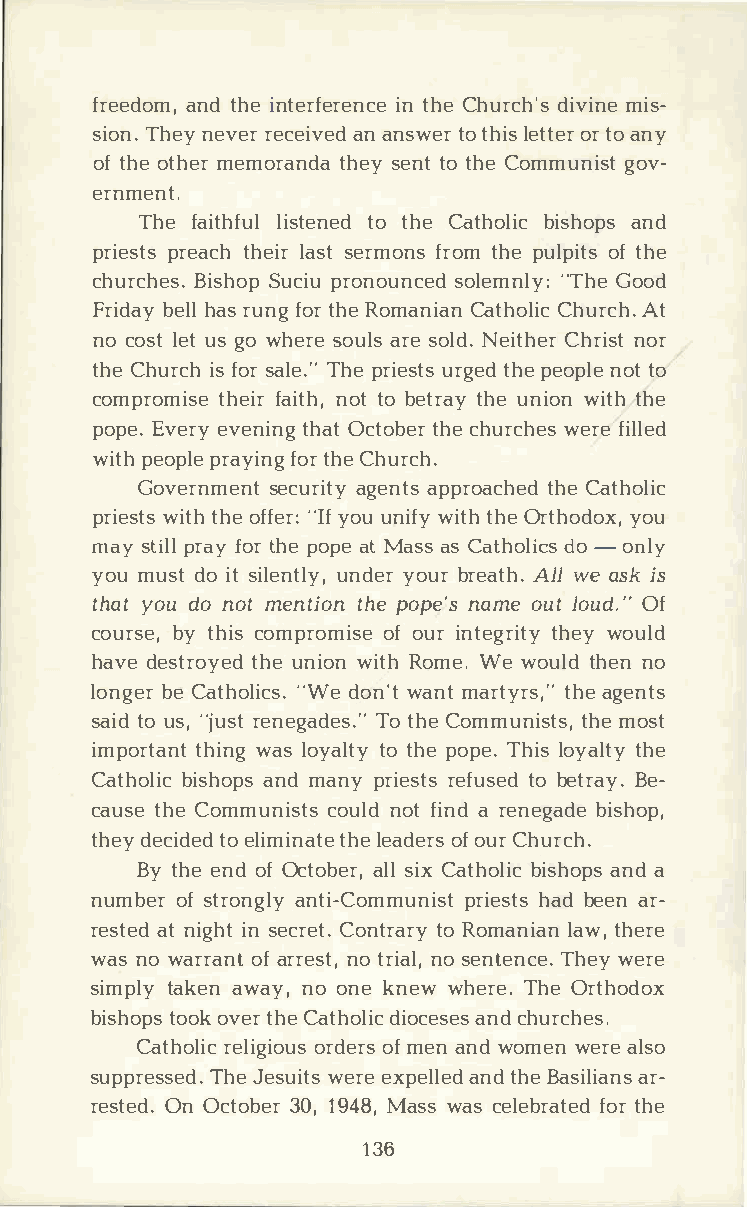
freedaonmtdh, ine t erfeirnte hnCech eu rcdhi'vsmi inse­
 sioTnh.en ye vreerc eainva ends wteotr h liest otrte oar n y
 oft hoet hmeerm oratnhdesaye nttot hCeo mmungiosvt­
 ernment.
 Thef aithfult    otl hieCs attehnobelidis ch aonpds
 priepsrtesat chhel iarss etr mfornsot mh peu lpoiftt hse
 churchesS.u    cBpiiruso hnoopu nced "TshoGelo eomdn ly:
 Fridbaehyla lrs u nfgot rh Reo manCiaatnh CohluircAc th .
 noc oslteu tsg ow herseo ualrsse o lNde.i tChherrni ostr
 thCeh uricfsho s ra lTeh.pe"r ieusrtgtseh dpe e opnloteto
 comprotmhiefsiaeri ntohtt,o b etrtahuyen iwoint thh e
 popEev.e ervye ntihnOagct t otbhecerh urcwheerfsei lled
 witphe opprlaey fiotnrhgC e h urch.
 Governsmeecnutar gietnaytp sp roatchCheae tdh olic
 priewsitttshho ef f"eIyrfo: uu n iwfiytt hhO er thoydooux ,
 mays tpirlalfy ot rh peo paetM asassC athodlo-i ocnsl y
 yomuu sdtoi sti leunntdlyeyor,u brr eaAtllhw .ea ski s
 thayto ud on otm entitohne p open'asm eo utl oudO.f"
 courbsyet ,h icso mproomfoi usiren tegtrhiewtyoy u ld
 havdee strtohyueen di woint Rho mWe.ew outlhde nno
 longbeeCr a tho"lWiedc osn.w' atnm ta rtytrhsae,g "e nts
 saitodu s",j ursetn egaTdote hsCe.o "m muntihsmeto ss,t
 importthainwntag ls o yatlott hype o pTeh.il so yatlhtey
 Cathboilsihcao npmdsa npyr iersetfsut sobe edt rBaey­.
 cautsheCe o mmunciosutnlsod ft i nard e negbaidseh op,
 thedye citdoee ldi mitnhlaeet aed oefor uCsrh urch.
 Byt heen odf O ctoableslriC ,xa thboilsihcao npads
 numboefsr t roanngtliy- Compmruinehisastbdtse eanr ­
 resatten di gihnst e crCeotn.t rtaoRr oym anliaawtn,h ere
 wanso w arroafan rtr ensott r,in aosl e,n teTnhceweye. r e
 simptlayk aewna yno,o nken ewwh erTeh.eO rthodox
 bishtoopooskv etrhC ea thdoiloiccae nscdeh su rches.
 Cathroelliicog ridooeufrms se na nwdo mewne rael so
 suppreTshsJeee ds.uw ietresex pealnltdeh dBe a sialri­ans
 restOenOd c.t o3b0e1,r9 4M8a,s wsa cse lebfroatrth eed
 136